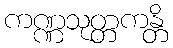
ကဏ္ဏသုတ္တကန္တိ